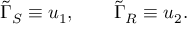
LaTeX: \tilde { \Gamma } _ { S } \equiv u _ { 1 } , \qquad \tilde { \Gamma } _ { R } \equiv u _ { 2 } .